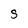
Character: S